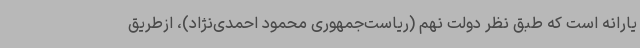
یارانه است که طبق نظر دولت نهم (ریاست‌جمهوری محمود احمدی‌نژاد)، ازطریق